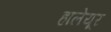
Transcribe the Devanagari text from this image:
हालेयूर